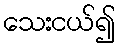
သေးငယ်၍